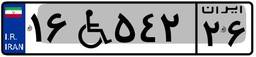
۱۶W۵۴۲۲۶